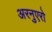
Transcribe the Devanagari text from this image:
अरनुएरो